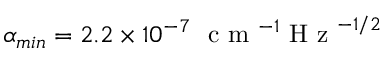
\alpha _ { m i n } = 2 . 2 \times 1 0 ^ { - 7 } ~ \textrm { c m } ^ { - 1 } \textrm { H z } ^ { - 1 / 2 }